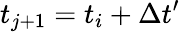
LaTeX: t_{j+1}=t_{i}+\Delta t^{\prime}